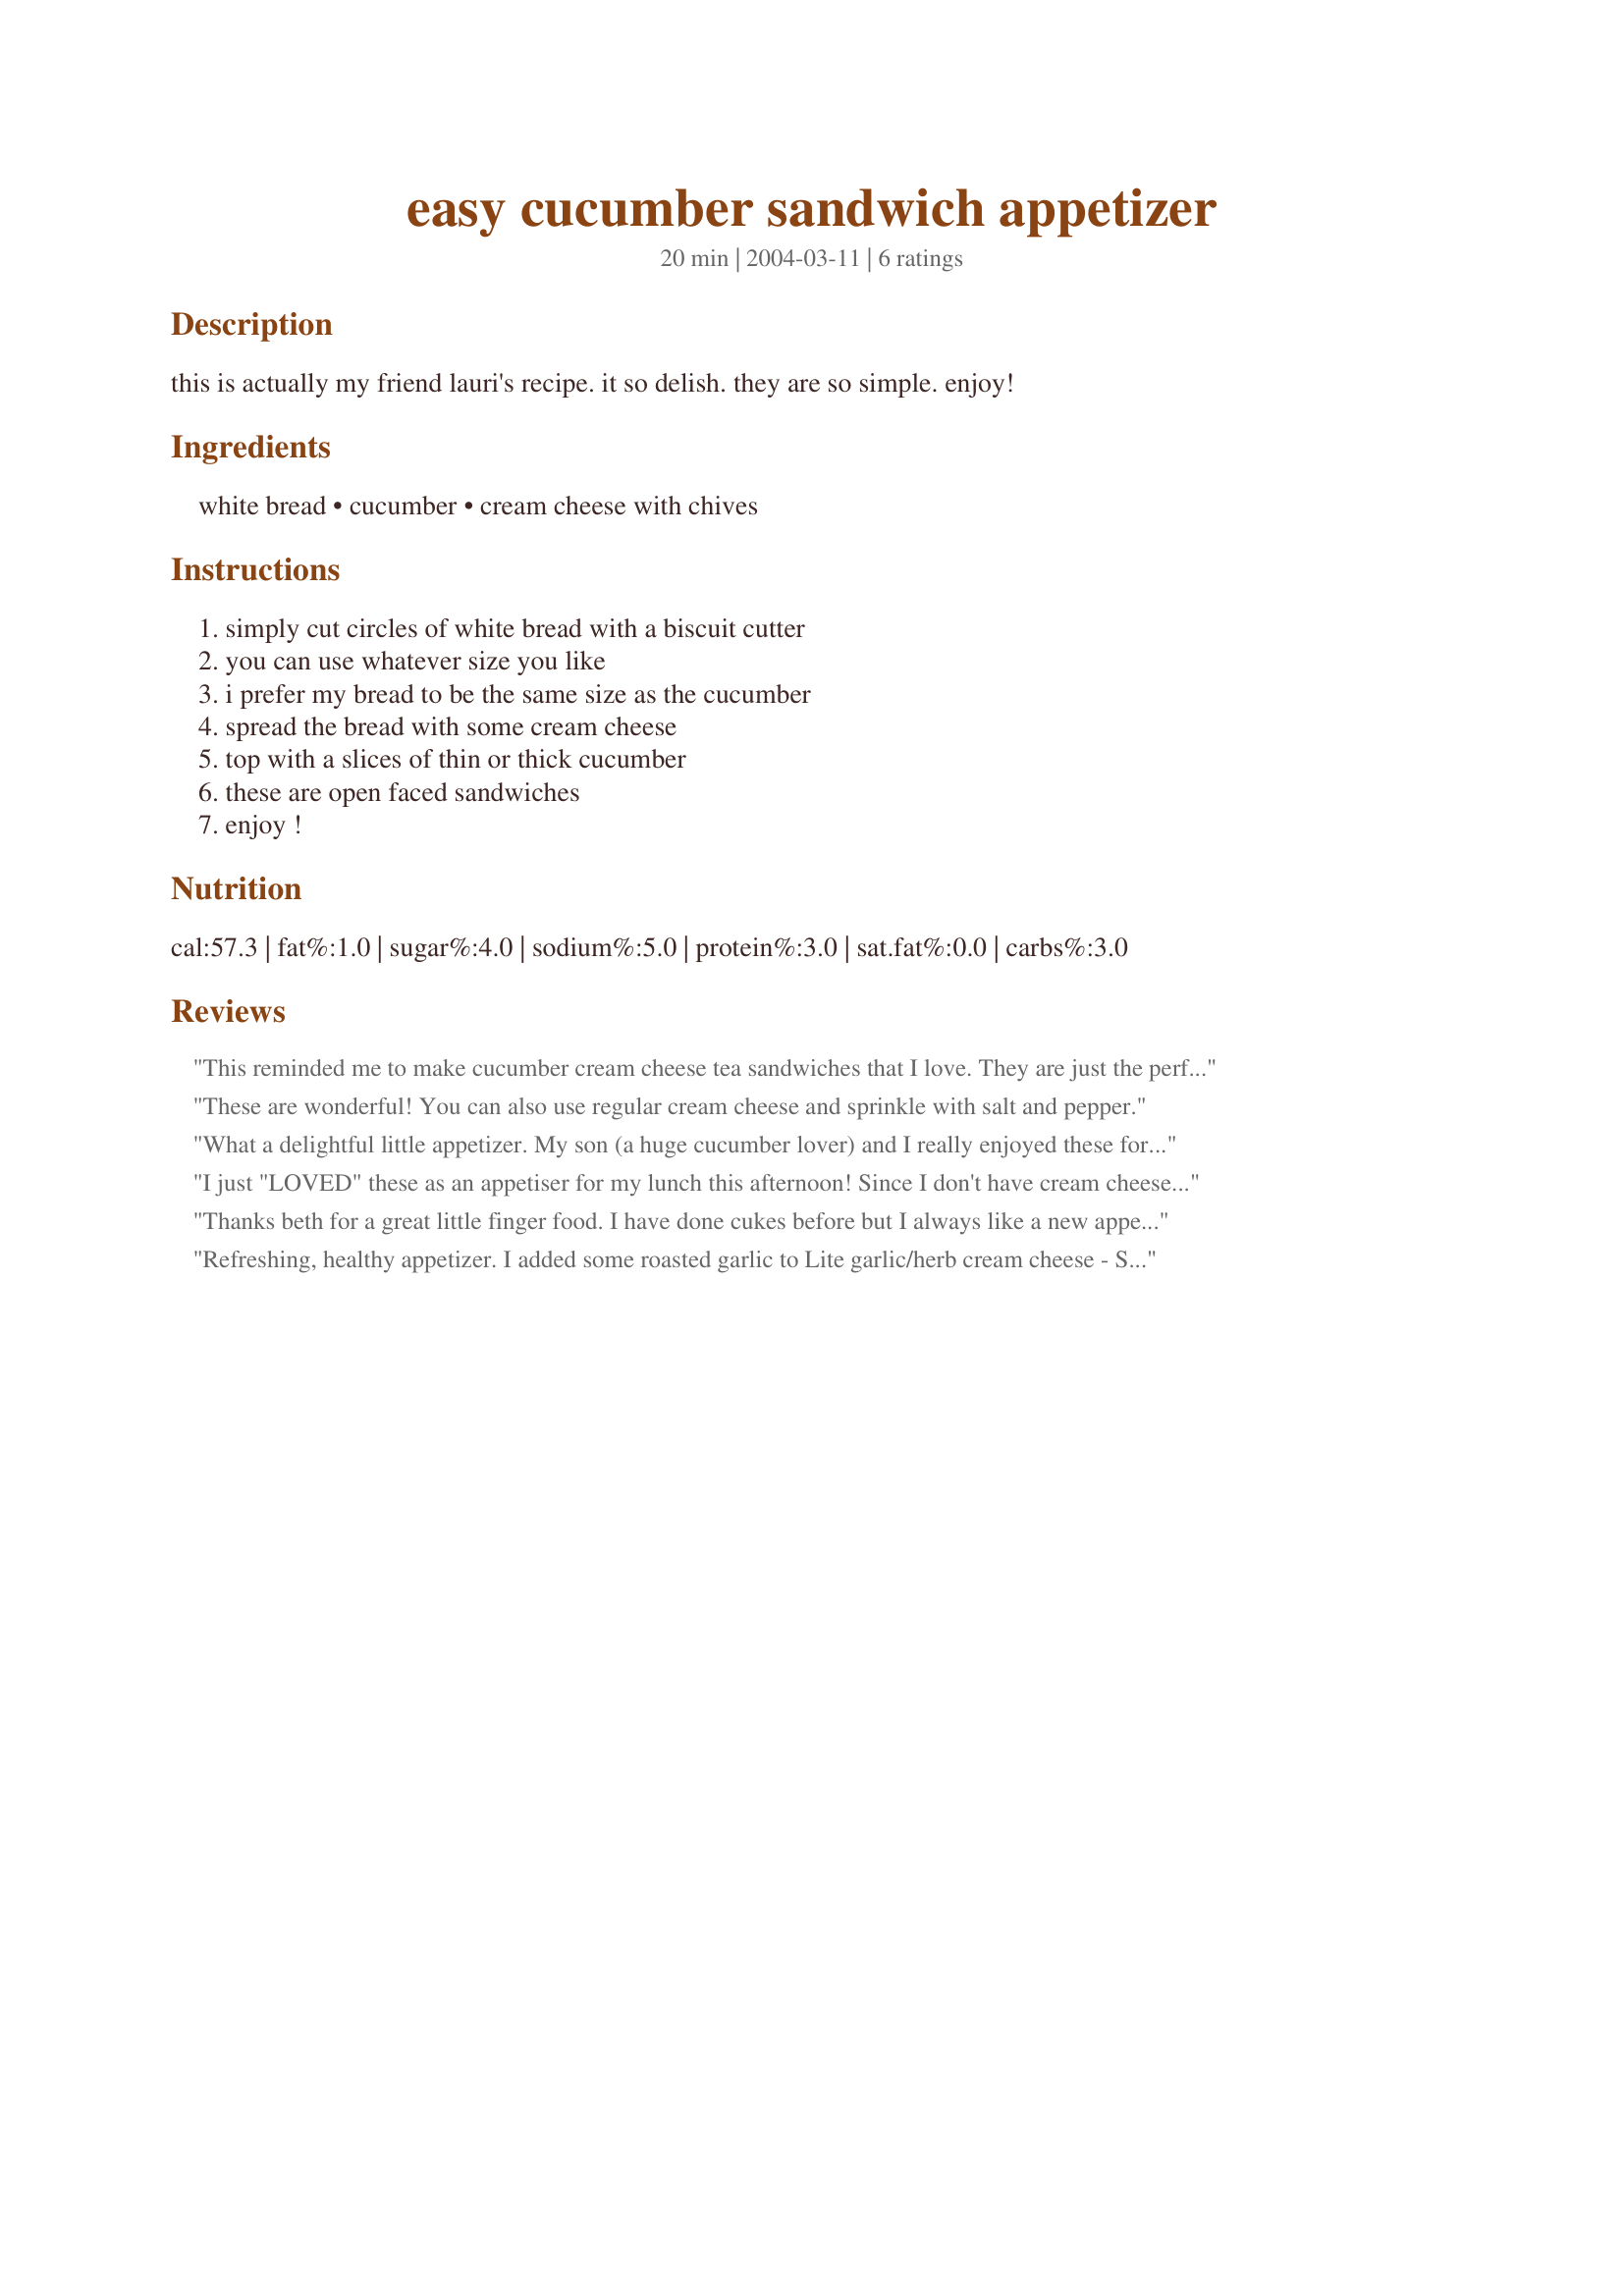
easy cucumber sandwich appetizer
Preparation time: 20 minutes

this is actually my friend lauri's recipe. it so delish. they are so simple. enjoy!

Ingredients:
white bread, cucumber, cream cheese with chives

Steps:
simply cut circles of white bread with a biscuit cutter, you can use whatever size you like, i prefer my bread to be the same size as the cucumber, spread the bread with some cream cheese, top with a slices of thin or thick cucumber, these are open faced sandwiches, enjoy !

Reviews:
This reminded me to make cucumber cream cheese tea sandwiches that I love. They are just the perfect appetizer. I would not add garlic or peppers because we rarely use them. Most foods don't need that mask if they are good on their own. Little tuna tea sandwiches would be good too
These are wonderful! You can also use regular cream cheese and sprinkle with salt and pepper.
What a delightful little appetizer. My son (a huge cucumber lover) and I really enjoyed these for a snack while dinner was cooking. It will def. be a go to recipe. Thanks for sharing it with us. This was made for Spring PAC 2009.
I just "LOVED" these as an appetiser for my lunch this afternoon! Since I don't have cream cheese, but happen to love regular mustard(after eating Veggie Delite's in Subway), I substituted the cream cheese in this recipe with Great Value Prepared Mustard. As for the bread, I am a die-hard fan of Giant Sunbeam Bread and I used that to make this. It was SUPER WONDERFUL!! I'm going to be making this alot now on!!! Thank you so much!!
Thanks beth for a great little finger food. I have done cukes before but I always like a new appetizer to try. This one was yummy. I agree with the cucumbers using the ones with less seeds. This is perfect for a meeting or event or shower or just anytime. Super easy. The circles just slightly bigger than the cukes looked great. I didn't have a biscuit cutter so I used a small dry measuring cup that had a rim and where the handle was I just cut with a knife and it turned out well. Thanks for sharing. ChefDLH
Refreshing, healthy appetizer. I added some roasted garlic to Lite garlic/herb cream cheese - Sinple easy, tasty recipe. I popped a small piece of Jalapeno on the cucumber. Lovely appetizer with my Sunday Martini.
